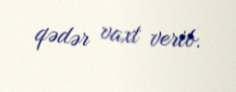
qədər vaxt verib.